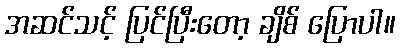
အဆင်သင့် ပြင်ပြီးတော့ ချိစ် ပြောပါ။